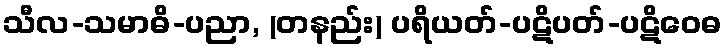
သီလ-သမာဓိ-ပညာ, (တနည်း) ပရိယတ်-ပဋိပတ်-ပဋိဝေဓ